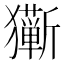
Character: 𰡩